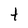
Character: t